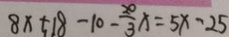
8 x + 1 8 - 1 0 - \frac { 2 0 } { 3 } x = 5 x - 2 5